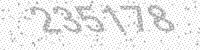
Solution: 235178